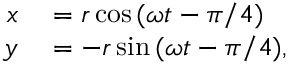
\begin{array} { r l } { x } & { { } = r \cos { ( \omega t - \pi / 4 ) } } \\ { y } & { { } = - r \sin { ( \omega t - \pi / 4 ) } , } \end{array}